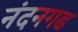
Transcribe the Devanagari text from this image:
नंदनगढ